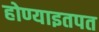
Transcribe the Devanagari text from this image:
होण्याइतपत